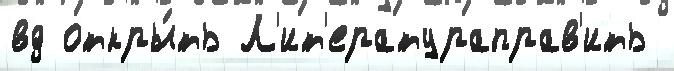
вд откры́ть Л'ит'ератураправ'ить